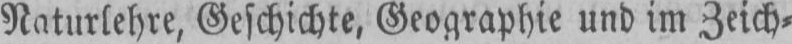
Naturlehre, Geschichte, Geographie und im Zeich⸗